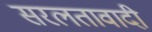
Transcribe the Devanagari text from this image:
सरलतावादी